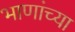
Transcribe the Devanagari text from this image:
भाणांच्या